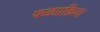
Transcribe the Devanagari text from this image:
फळप्रक्रिया